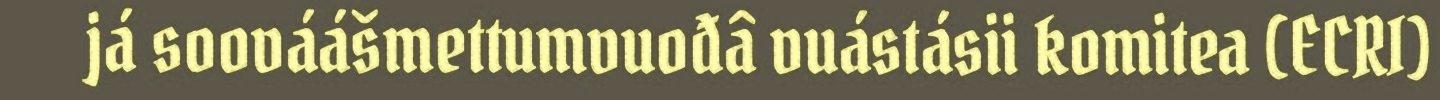
já soováášmettumvuođâ vuástásii komitea (ECRI)